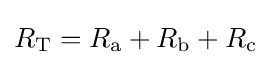
R_{\text{T}}=R_{\text{a}}+R_{\text{b}}+R_{\text{c}}